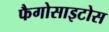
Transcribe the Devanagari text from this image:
फैगोसाइटोस